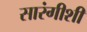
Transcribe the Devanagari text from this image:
सारंगीशी